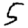
Digit: 5